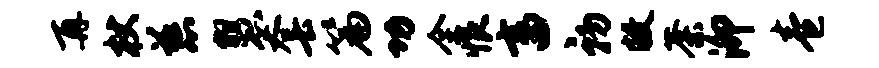
再杖慈慧套篇功全恨畜初敝荼泖卷